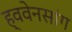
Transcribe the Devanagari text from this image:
ह्ववेनसांग